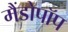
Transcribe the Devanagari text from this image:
मैंडोपॉप